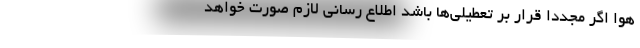
هوا اگر مجددا قرار بر تعطیلی‌ها باشد اطلاع رسانی لازم صورت خواهد